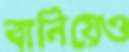
বানিয়েও